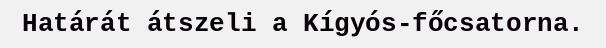
Határát átszeli a Kígyós-főcsatorna.